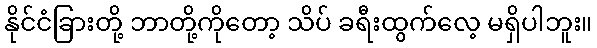
နိုင်ငံခြားတို့ ဘာတို့ကိုတော့ သိပ် ခရီးထွက်လေ့ မရှိပါဘူး။